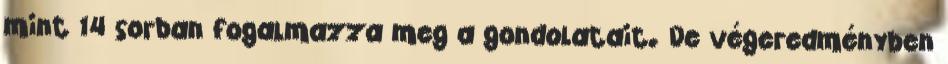
mint 14 sorban fogalmazza meg a gondolatait. De végeredményben